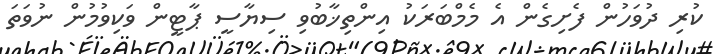
ކުރި ދުވަހުން ފެށިގެން އެ މެމްބަރަކު އިންތިޚާބުވި ސިޔާސީ ޕާޓީން ވަކިވުމުން ނުވަތަ